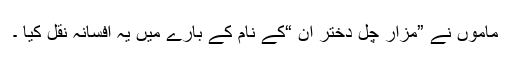
ماموں نے ”مزار چل دختر ان “کے نام کے بارے میں یہ افسانہ نقل کیا ۔